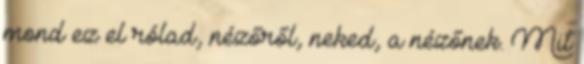
mond ez el rólad, nézőről, neked, a nézőnek. Mit